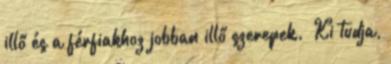
illő és a férfiakhoz jobban illő szerepek. „Ki tudja,